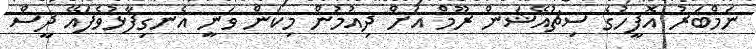
ނަމްބަރު އޮފީހުގެ ސިޗުއޭޝަން ރޫމް އަށް ދިއުމުން މިކަން ވަނީ އެނގިފާޅުވެފައޭ ދީސް